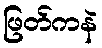
ဖြတ်ကနဲ